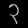
Digit: ၃